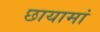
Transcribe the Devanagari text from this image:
छायामां